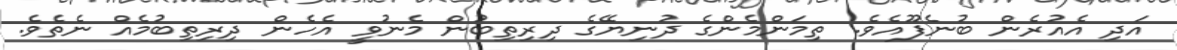
އަދި އެއުރެން ބުނެފޫއެވެ. ތިމަންމެންގެ ދުނިޔޭގެ ދިރިތިބުން މެނުވީ އެހެން ދިރިތިބުމެއް ނެތެވެ.